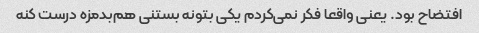
افتضاح بود. یعنی واقعا فکر نمی‌کردم یکی بتونه بستنی هم‌بدمزه درست کنه